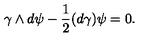
\gamma \wedge d \psi - { \frac { 1 } { 2 } } ( d \gamma ) \psi = 0 .